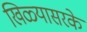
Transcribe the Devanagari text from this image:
खिळ्यासरके